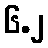
၆.၂